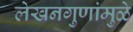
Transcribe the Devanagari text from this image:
लेखनगुणांमुळे